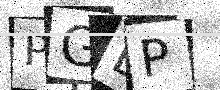
Text: PGLP